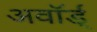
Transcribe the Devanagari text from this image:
अवॉर्ड्